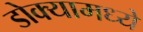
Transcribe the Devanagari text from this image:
डोक्यामध्ये